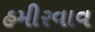
હમીરવાવ